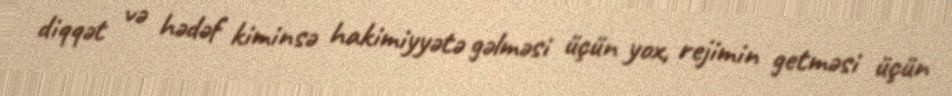
diqqət və hədəf kiminsə hakimiyyətə gəlməsi üçün yox, rejimin getməsi üçün